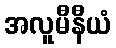
အလူမီနီယံ